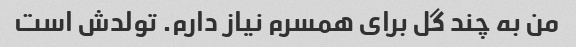
من به چند گل برای همسرم نیاز دارم. تولدش است